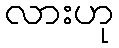
လားဟု